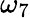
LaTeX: \omega_{7}